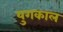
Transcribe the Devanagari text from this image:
युगकाल